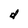
Character: d